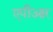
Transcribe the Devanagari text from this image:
एपीआर